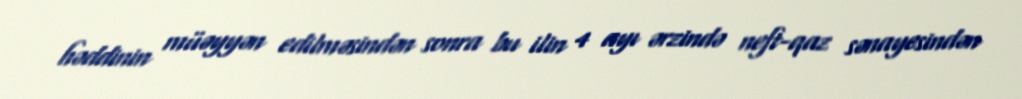
həddinin müəyyən edilməsindən sonra bu ilin 4 ayı ərzində neft-qaz sənayesindən